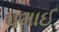
પમાઈ